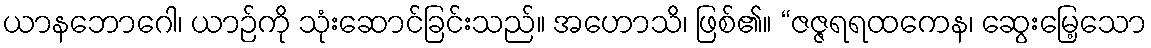
ယာနဘောဂေါ၊ ယာဉ်ကို သုံးဆောင်ခြင်းသည်။ အဟောသိ၊ ဖြစ်၏။ “ဇဇ္ဇရရထကေန၊ ဆွေးမြေ့သော